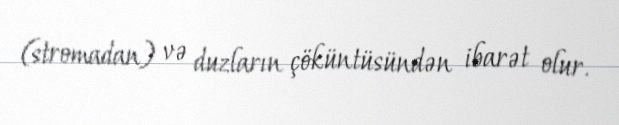
(stromadan) və duzların çöküntüsündən ibarət olur.